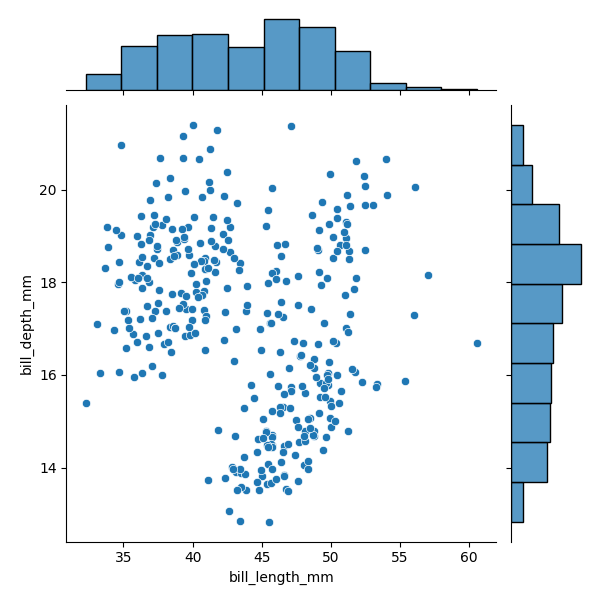
python, seaborn, JointGrid, scatterplot, histplot